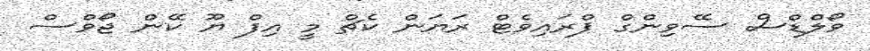
ވޯލްޑްސް ސޭވިންގް ޕްރައިވެޓް ރަޔަން ކެޗް މީ އިފް ޔޫ ކޭން ޖޯވްސް